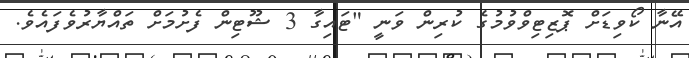
އޭނާ ކޯވިޑަށް ޕޮޒިޓިވްވުމުގެ ކުރިން ވަނީ "ޓައިގާ 3 ޝޫޓިން ފެށުމަށް ތައްޔާރުުވެފައެެވެ.